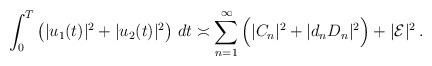
LaTeX: \begin{align*}\int_{0}^{T} \big(|u_1(t)|^2+|u_2(t)|^2\big)\ dt\asymp\sum_{ n= 1}^{\infty}\Big(|C_{n}|^2+ |d_nD_{n}|^2\Big) +|\mathcal {E}|^2 \,.\end{align*}